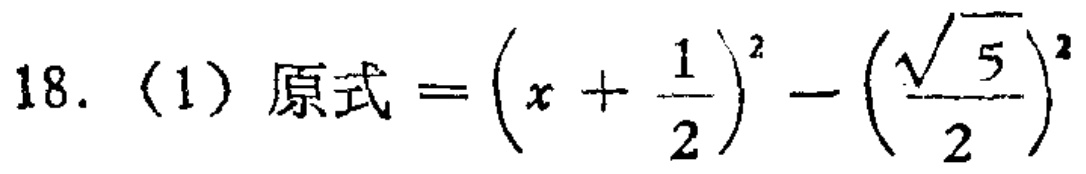
18. (1) 原式\(=\left(x + \dfrac{1}{2}\right)^{2}-\left(\dfrac{\sqrt{5}}{2}\right)^{2}\)